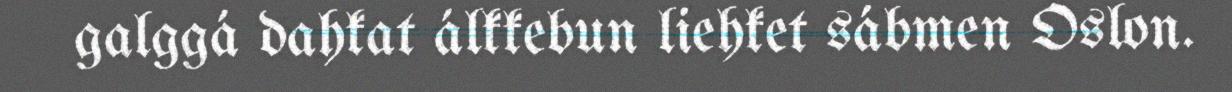
galggá dahkat álkkebun liehket sábmen Oslon.